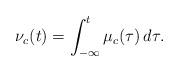
LaTeX: \begin{align*}\nu_{c}(t) = \int_{-\infty}^t \mu_{c}(\tau)\, d\tau.\end{align*}